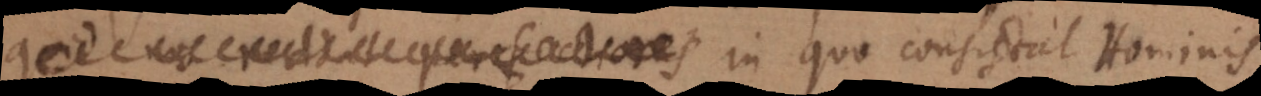
quid nos reddat perfectiores in quo consistat Hominis